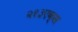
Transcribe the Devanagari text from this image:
२१३एक्स